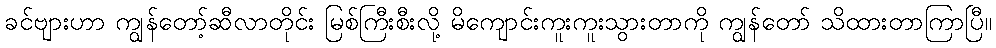
ခင်ဗျားဟာ ကျွန်တော့်ဆီလာတိုင်း မြစ်ကြီးစီးလို့ မိကျောင်းကူးကူးသွားတာကို ကျွန်တော် သိထားတာကြာပြီ။